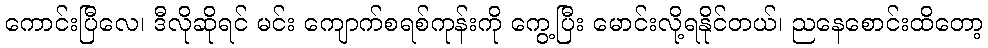
ကောင်းပြီလေ၊ ဒီလိုဆိုရင် မင်း ကျောက်စရစ်ကုန်းကို ကွေ့ပြီး မောင်းလို့ရနိုင်တယ်၊ ညနေစောင်းထိတော့